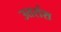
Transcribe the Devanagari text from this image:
उत्तरांश